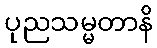
ပုညသမ္မတာနိ